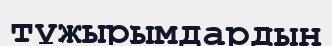
тұжырымдардын